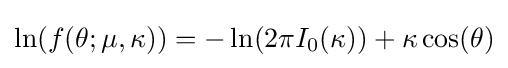
\ln(f(\theta ;\mu ,\kappa ))=-\ln(2\pi I_{0}(\kappa ))+\kappa \cos(\theta )